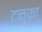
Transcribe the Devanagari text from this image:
टन्का